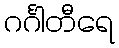
ဂင်္ဂါတီရေ